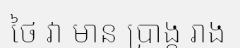
ថៃ វា មាន ប្រាង្គ រាង